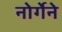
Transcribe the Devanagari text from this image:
नोर्गेने